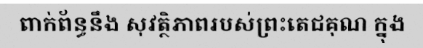
ពាក់ព័ន្ធនឹង សុវត្ថិភាពរបស់ព្រះតេជគុណ ក្នុង